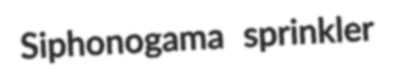
Siphonogama sprinkler